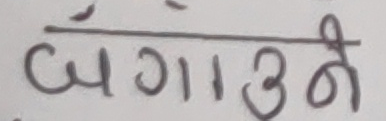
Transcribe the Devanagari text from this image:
बँगाउने